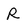
Character: R